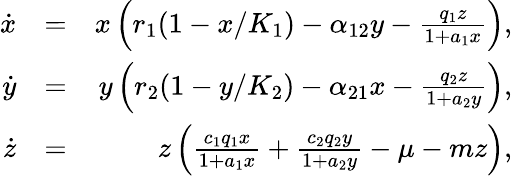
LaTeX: \begin{array}{rlr}{\dot{x}}&{=}&{x\left(r_{1}(1-x/K_{1})-\alpha_{12}y-\frac{q_{1}z}{1+a_{1}x}\right),}\\ {\dot{y}}&{=}&{y\left(r_{2}(1-y/K_{2})-\alpha_{21}x-\frac{q_{2}z}{1+a_{2}y}\right),}\\ {\dot{z}}&{=}&{z\left(\frac{c_{1}q_{1}x}{1+a_{1}x}+\frac{c_{2}q_{2}y}{1+a_{2}y}-\mu-mz\right),}\end{array}